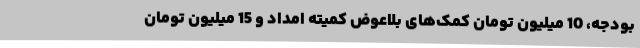
بودجه، 10 میلیون تومان کمک‌های بلاعوض کمیته امداد و 15 میلیون تومان